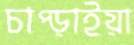
চাপ্‌ড়াইয়া